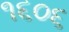
૧૬૦૬